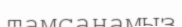
тамсанамыз